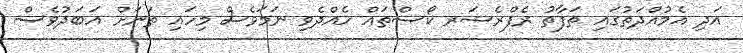
އަދި އެމުއްދަތުގައި ތަފާތު ރެފްރެޝަރ ކޯސްތައް ހެއްދެވި ނަމަވެސް މިހައި ތަނަށް އަަބަދުވެސް